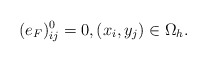
\begin{align*} (e_F)_{ij}^{0}=0,(x_i,y_j)\in\Omega_h. \end{align*}